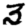
Digit: 3